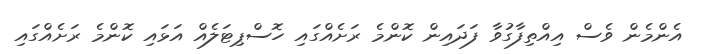
އެންމެން ވެސް އިއްތިފާގުވާ ފަދައިން ކޮންމެ ރަށެއްގައި ހޮސްޕިޓަލެއް އަޅައި ކޮންމެ ރަށެއްގައި